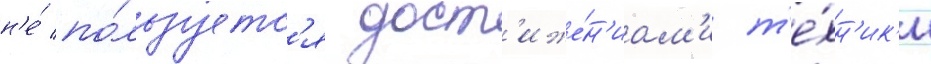
н'е́ по́льзуетс'я дост'иже́н'иам'и т'е́хн'ик'и